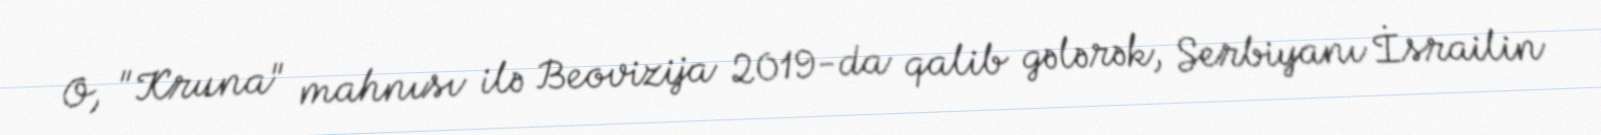
O, "Kruna" mahnısı ilə Beovizija 2019-da qalib gələrək, Serbiyanı İsrailin